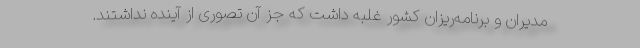
مدیران و برنامه‌ریزان کشور غلبه داشت که جز آن تصوری از آینده نداشتند.